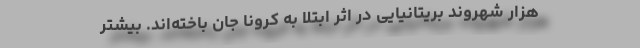
هزار شهروند بریتانیایی در اثر ابتلا به کرونا جان باخته‌اند. بیشتر